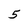
Character: 5